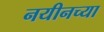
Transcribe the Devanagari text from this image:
नयीनच्या